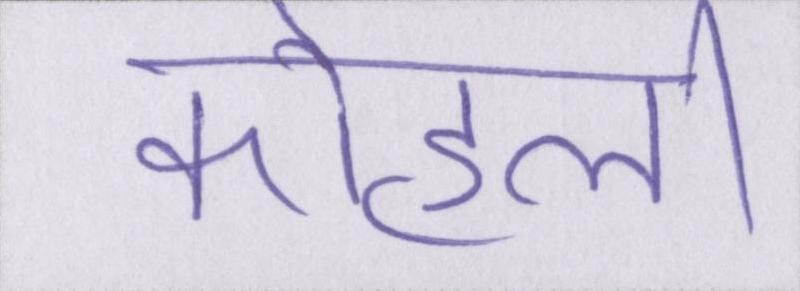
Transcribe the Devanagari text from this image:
कोहली